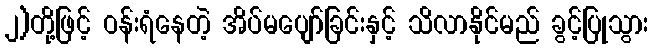
၂)တို့ဖြင့် ဝန်းရံနေတဲ့ အိပ်မပျော်ခြင်းနှင့် သိလာနိုင်မည် ခွင့်ပြုသွား